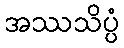
အဿသိပ္ပံ